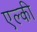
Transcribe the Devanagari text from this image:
एल्की